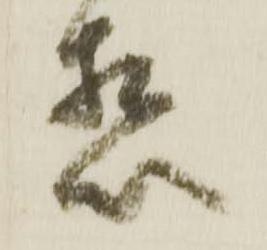
想